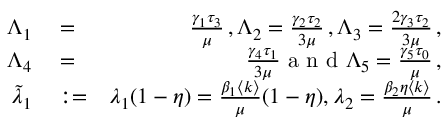
\begin{array} { r l r } { \Lambda _ { 1 } } & { { } = } & { \frac { \gamma _ { 1 } \tau _ { 3 } } { \mu } \, , \Lambda _ { 2 } = \frac { \gamma _ { 2 } \tau _ { 2 } } { 3 \mu } \, , \Lambda _ { 3 } = \frac { 2 \gamma _ { 3 } \tau _ { 2 } } { 3 \mu } \, , } \\ { \Lambda _ { 4 } } & { { } = } & { \frac { \gamma _ { 4 } \tau _ { 1 } } { 3 \mu } \mathrm { ~ a ~ n ~ d ~ } \Lambda _ { 5 } = \frac { \gamma _ { 5 } \tau _ { 0 } } { \mu } \, , } \\ { \tilde { \lambda } _ { 1 } } & { { } : = } & { { \lambda _ { 1 } ( 1 - \eta ) } = \frac { \beta _ { 1 } \langle k \rangle } { \mu } ( 1 - \eta ) , \lambda _ { 2 } = \frac { \beta _ { 2 } \eta \langle k \rangle } { \mu } \, . } \end{array}